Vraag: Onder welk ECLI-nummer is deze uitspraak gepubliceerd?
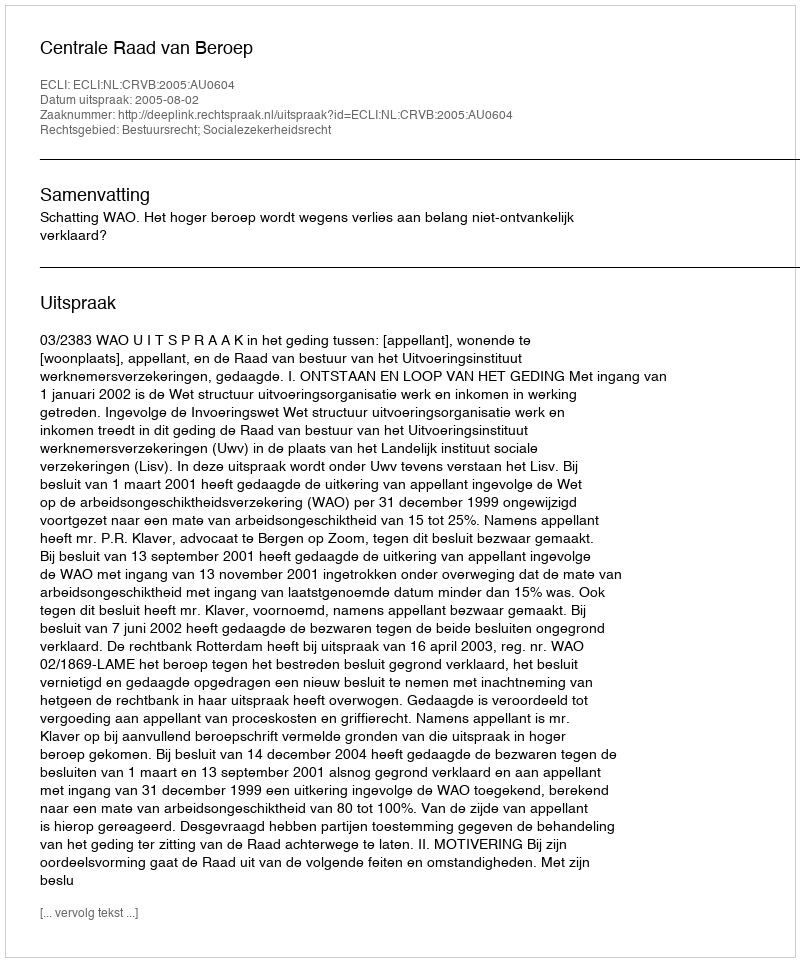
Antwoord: ECLI:NL:CRVB:2005:AU0604